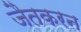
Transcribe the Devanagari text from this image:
जैतकरन